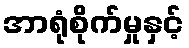
အာရုံစိုက်မှုနှင့်